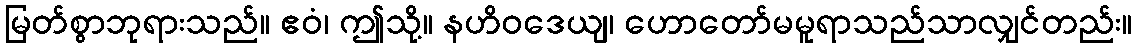
မြတ်စွာဘုရားသည်။ ဧဝံ၊ ဤသို့။ နဟိဝဒေယျ၊ ဟောတော်မမူရာသည်သာလျှင်တည်း။